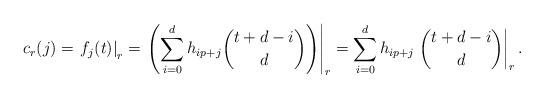
LaTeX: \begin{align*} c_r(j) = \left. f_j(t) \right|_r = \left. \left( \sum_{i=0}^{d} h_{ip+j} \binom{t+d-i}{d} \right) \right|_r = \sum_{i=0}^{d} h_{ip+j} \left. \binom{t+d-i}{d} \right|_r.\end{align*}